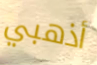
أذهبي